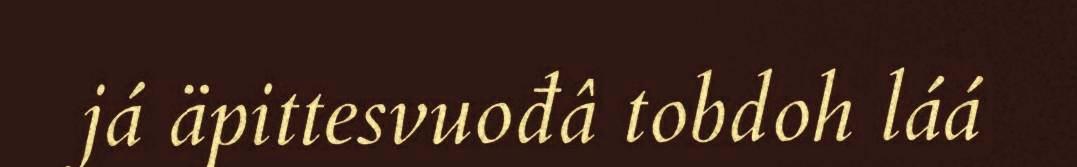
já äpittesvuođâ tobdoh láá